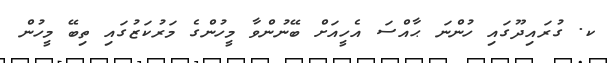
ކ. ގުރައިދޫގައި ހުންނަ ޙާއްސަ އެހީއަށް ބޭނުންވާ މީހުންގެ މަރުކަޒުގައި ތިބޭ މީހުން